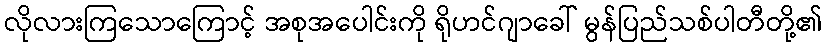
လိုလားကြသောကြောင့် အစုအပေါင်းကို ရိုဟင်ဂျာခေါ် မွန်ပြည်သစ်ပါတီတို့၏